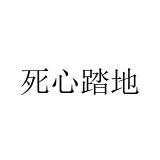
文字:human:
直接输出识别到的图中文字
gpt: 死心踏地